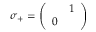
\sigma _ { + } = \left( \begin{array} { c c } { { } } & { { 1 } } \\ { { 0 } } & { { } } \end{array} \right)